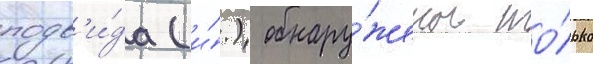
подв'и́да (и́.) обнару́жены то́лько